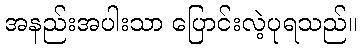
အနည်းအပါးသာ ပြောင်းလဲ့ပုရသည်။